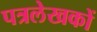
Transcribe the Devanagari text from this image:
पत्रलेखकों